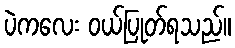
ပဲကလေး ဝယ်ပြုတ်ရသည်။